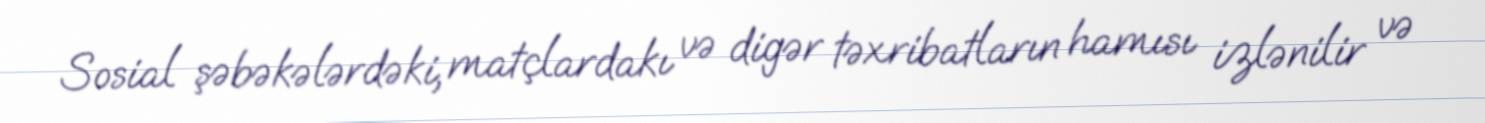
Sosial şəbəkələrdəki, matçlardakı və digər təxribatların hamısı izlənilir və